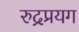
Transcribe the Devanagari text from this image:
रुद्रप्रयग